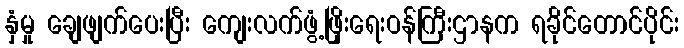
နှံမှု ချေဖျက်ပေးပြီး ကျေးလက်ဖွံ့ဖြိုးရေးဝန်ကြီးဌာနက ရခိုင်တောင်ပိုင်း